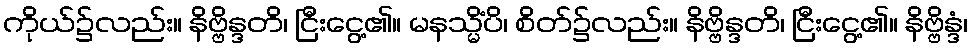
ကိုယ်၌လည်း။ နိဗ္ဗိန္ဒတိ၊ ငြီးငွေ့၏။ မနသ္မိံပိ၊ စိတ်၌လည်း။ နိဗ္ဗိန္ဒတိ၊ ငြီးငွေ့၏။ နိဗ္ဗိန္ဒံ၊